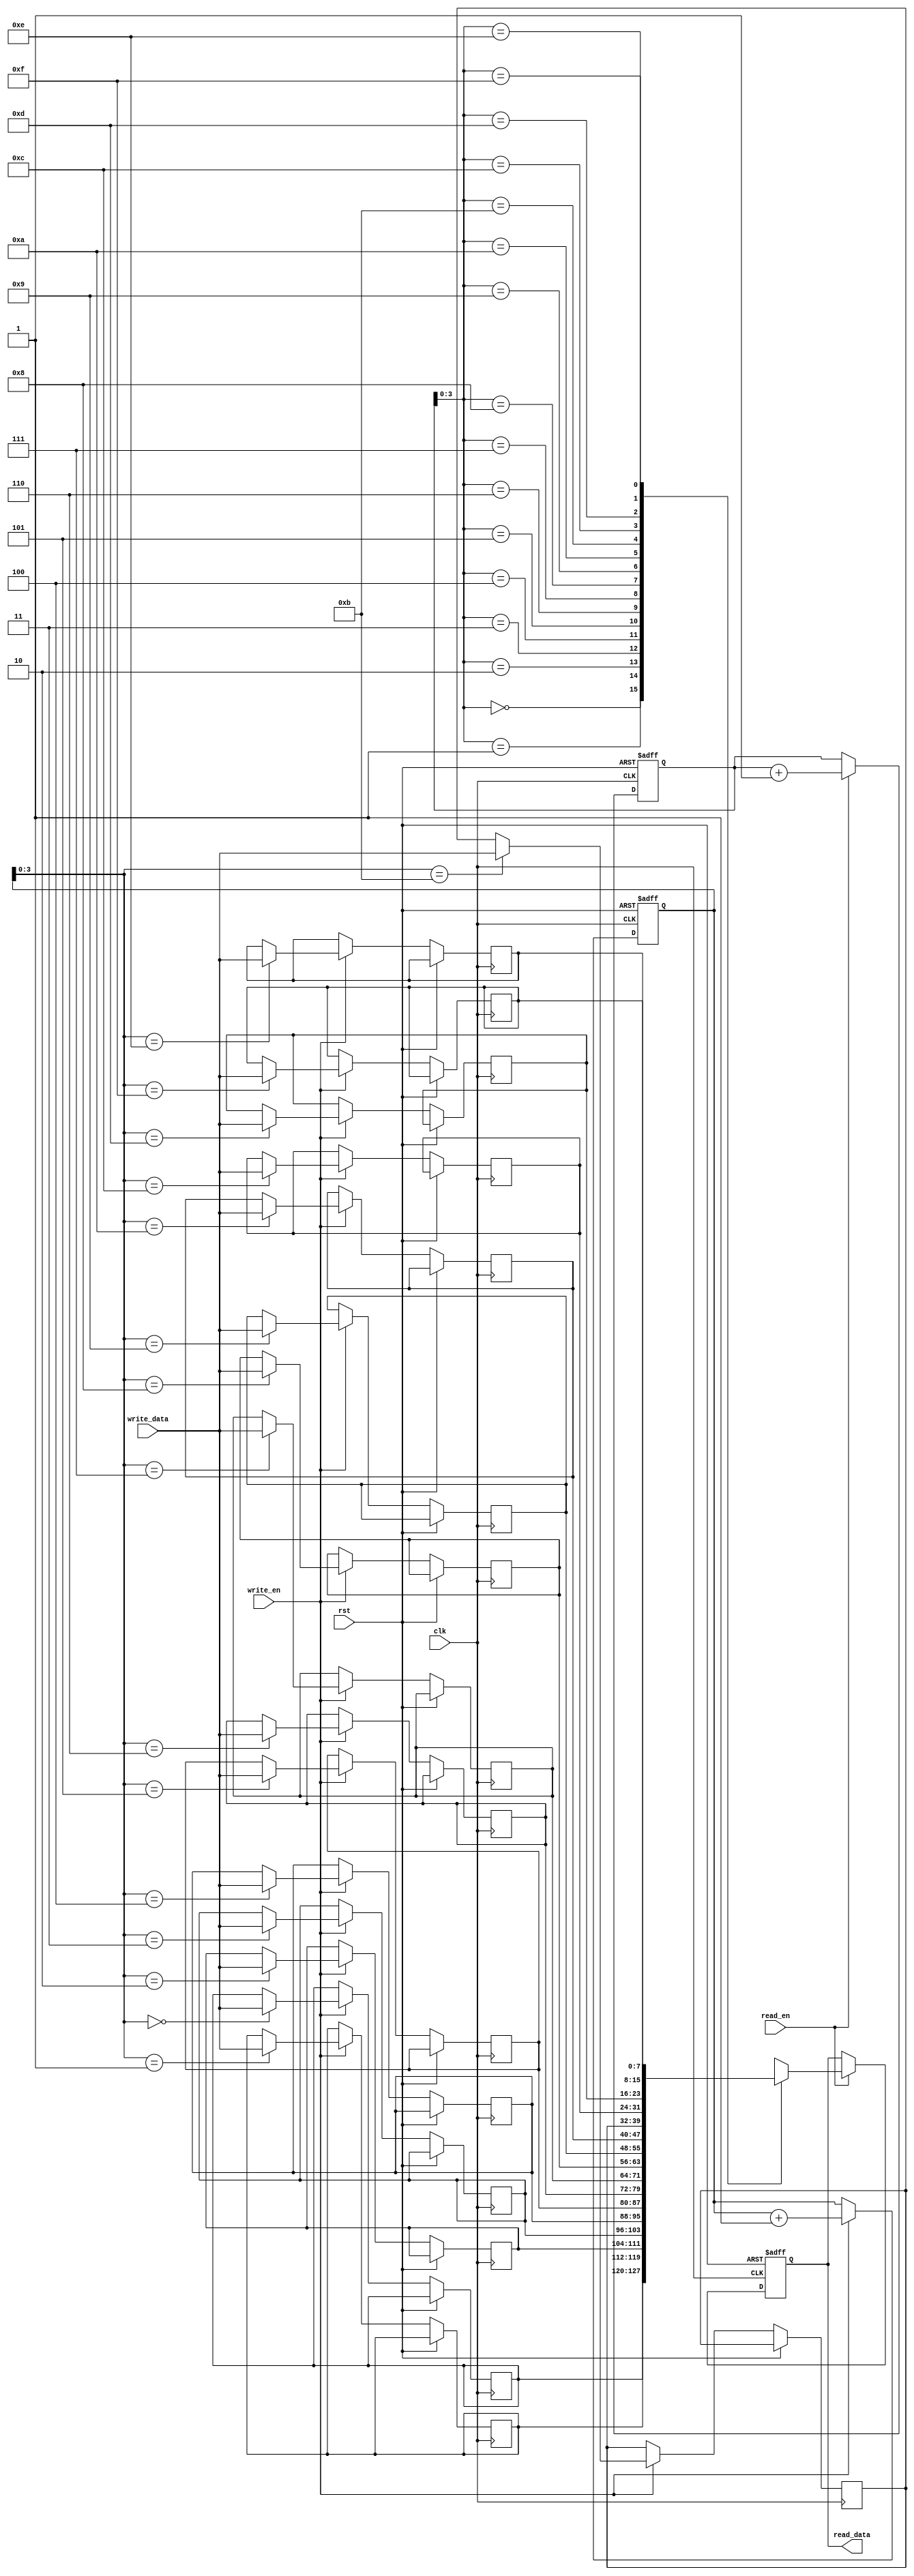
module Dual_port_FIFO (
    input wire clk,
    input wire rst,
    input wire [DATA_WIDTH-1:0] write_data,
    input wire write_en,
    output wire [DATA_WIDTH-1:0] read_data,
    input wire read_en
);

parameter DATA_WIDTH = 8;
parameter DEPTH = 16;

reg [DATA_WIDTH-1:0] mem [0:DEPTH-1];
reg [4:0] write_ptr;
reg [4:0] read_ptr;
reg [DATA_WIDTH-1:0] data_out;

always @(posedge clk or posedge rst) begin
    if (rst) begin
        write_ptr <= 0;
        read_ptr <= 0;
        data_out <= 0;
    end else begin
        if (write_en) begin
            mem[write_ptr] <= write_data;
            write_ptr <= write_ptr + 1;
        end
        
        if (read_en) begin
            data_out <= mem[read_ptr];
            read_ptr <= read_ptr + 1;
        end
    end
end

assign read_data = data_out;

endmodule